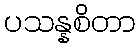
ပသန္နစိတာ